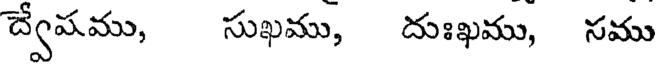
ద్వేషము, సుఖము, దుఃఖము, సము